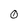
Character: 0